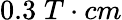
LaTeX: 0.3\; T\cdot cm